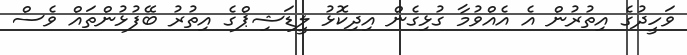
ވަހީދުގެ އިތުރުން އެ އެއްވުމާ ގުޅިގެން އިދިކޮޅު ލީޑަޝިޕްގެ އިތުރު ބޭފުޅުންތައް ވެސް